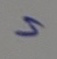
=